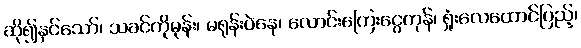
ဆို၍နှင်သော်၊ သခင်ကိုမုန်း၊ မရုန်းပဲနေ၊ လောင်းကြေးငွေကုန်၊ ရှုံးလေထောင်ပြည့်၊